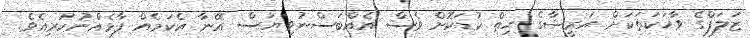
ޒަލަފްގެ ވާހަކަތަކަށް އަރީޝާގެ ހިތް ކުޑަކޮށް ވެސް އެއްބަސްނުވިޔަސް އޭނާ އެކަމެއް ފާޅެއްނުކުރިއެވެ.